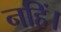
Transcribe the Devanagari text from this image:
नहिं।